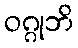
ဝဂ္ဂုဘိ